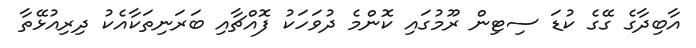
އާބިދާގެ ގޭގެ ކުޑަ ސިޓިން ރޫމުގައި ކޮންމެ ދުވަހަކު ފޮއްޗާއި ބަރަނިތަކާއެކު ދިރިއުޅޭތާ